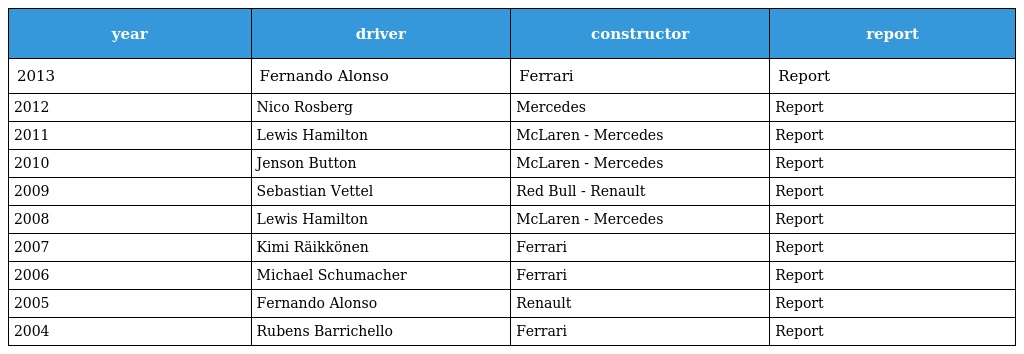
| year | driver | constructor | report |
 | --- | --- | --- | --- |
 | 2013 | Fernando Alonso | Ferrari | Report |
 | 2012 | Nico Rosberg | Mercedes | Report |
 | 2011 | Lewis Hamilton | McLaren - Mercedes | Report |
 | 2010 | Jenson Button | McLaren - Mercedes | Report |
 | 2009 | Sebastian Vettel | Red Bull - Renault | Report |
 | 2008 | Lewis Hamilton | McLaren - Mercedes | Report |
 | 2007 | Kimi Räikkönen | Ferrari | Report |
 | 2006 | Michael Schumacher | Ferrari | Report |
 | 2005 | Fernando Alonso | Renault | Report |
 | 2004 | Rubens Barrichello | Ferrari | Report |